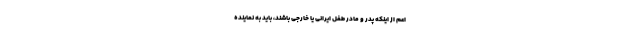
اعم از اینکه پدر و مادر طفل ایرانی یا خارجی باشند، باید به نماینده